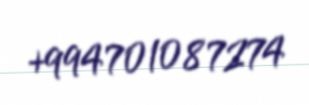
+994701087274